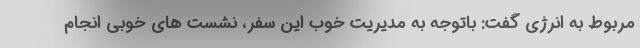
مربوط به انرژی گفت: باتوجه به مدیریت خوب این سفر، نشست های خوبی انجام